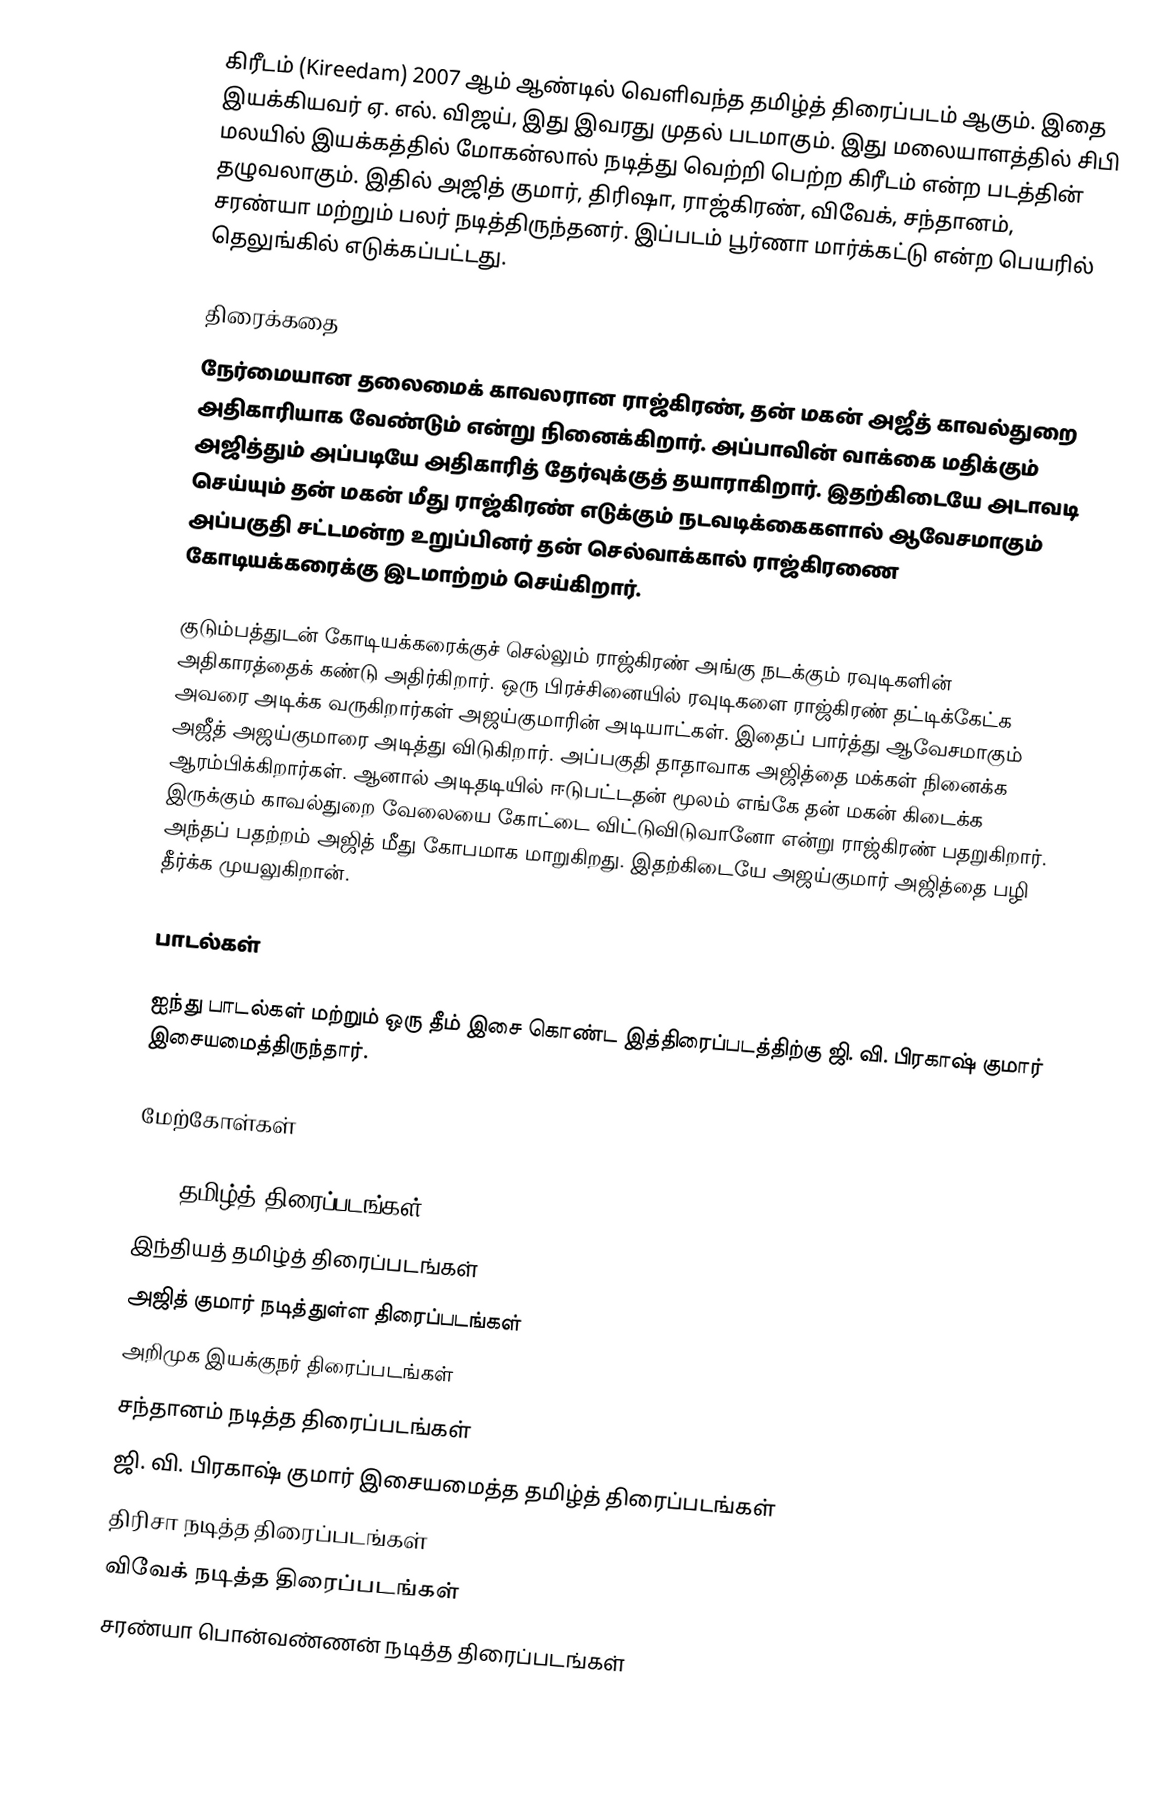
கிரீடம் (Kireedam) 2007 ஆம் ஆண்டில் வெளிவந்த தமிழ்த் திரைப்படம் ஆகும். இதை இயக்கியவர் ஏ. எல். விஜய், இது இவரது முதல் படமாகும். இது மலையாளத்தில் சிபி மலயில் இயக்கத்தில் மோகன்லால் நடித்து வெற்றி பெற்ற கிரீடம் என்ற படத்தின் தழுவலாகும். இதில் அஜித் குமார், திரிஷா, ராஜ்கிரண், விவேக், சந்தானம், சரண்யா மற்றும் பலர் நடித்திருந்தனர். இப்படம் பூர்ணா மார்க்கட்டு என்ற பெயரில் தெலுங்கில் எடுக்கப்பட்டது.

திரைக்கதை
நேர்மையான தலைமைக் காவலரான ராஜ்கிரண், தன் மகன் அஜீத் காவல்துறை அதிகாரியாக வேண்டும் என்று நினைக்கிறார். அப்பாவின் வாக்கை மதிக்கும் அஜித்தும் அப்படியே அதிகாரித் தேர்வுக்குத் தயாராகிறார். இதற்கிடையே அடாவடி செய்யும் தன் மகன் மீது ராஜ்கிரண் எடுக்கும் நடவடிக்கைகளால் ஆவேசமாகும் அப்பகுதி சட்டமன்ற உறுப்பினர் தன் செல்வாக்கால் ராஜ்கிரணை கோடியக்கரைக்கு இடமாற்றம் செய்கிறார்.

குடும்பத்துடன் கோடியக்கரைக்குச் செல்லும் ராஜ்கிரண் அங்கு நடக்கும் ரவுடிகளின் அதிகாரத்தைக் கண்டு அதிர்கிறார். ஒரு பிரச்சினையில் ரவுடிகளை ராஜ்கிரண் தட்டிக்கேட்க அவரை அடிக்க வருகிறார்கள் அஜய்குமாரின் அடியாட்கள். இதைப் பார்த்து ஆவேசமாகும் அஜீத் அஜய்குமாரை அடித்து விடுகிறார். அப்பகுதி தாதாவாக அஜித்தை மக்கள் நினைக்க ஆரம்பிக்கிறார்கள். ஆனால் அடிதடியில் ஈடுபட்டதன் மூலம் எங்கே தன் மகன் கிடைக்க இருக்கும் காவல்துறை வேலையை கோட்டை விட்டுவிடுவானோ என்று ராஜ்கிரண் பதறுகிறார். அந்தப் பதற்றம் அஜித் மீது கோபமாக மாறுகிறது. இதற்கிடையே அஜய்குமார் அஜித்தை பழி தீர்க்க முயலுகிறான்.

பாடல்கள்

ஐந்து பாடல்கள் மற்றும் ஒரு தீம் இசை கொண்ட இத்திரைப்படத்திற்கு ஜி. வி. பிரகாஷ் குமார் இசையமைத்திருந்தார்.

மேற்கோள்கள்

2008 தமிழ்த் திரைப்படங்கள்
இந்தியத் தமிழ்த் திரைப்படங்கள்
அஜித் குமார் நடித்துள்ள திரைப்படங்கள்
அறிமுக இயக்குநர் திரைப்படங்கள்
சந்தானம் நடித்த திரைப்படங்கள்
ஜி. வி. பிரகாஷ் குமார் இசையமைத்த தமிழ்த் திரைப்படங்கள்
திரிசா நடித்த திரைப்படங்கள்
விவேக் நடித்த திரைப்படங்கள்
சரண்யா பொன்வண்ணன் நடித்த திரைப்படங்கள்